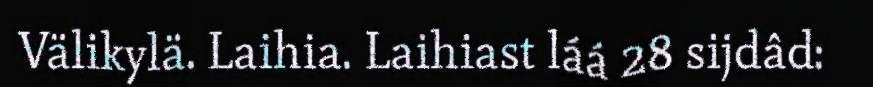
Välikylä. Laihia. Laihiast láá 28 sijdâd: